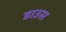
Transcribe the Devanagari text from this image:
डाउस